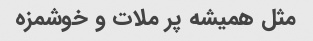
مثل همیشه پر ملات و خوشمزه